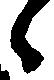
候